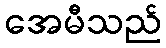
အေမီသည်